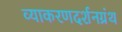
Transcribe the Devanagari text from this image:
व्याकरणदर्शनग्रंथ